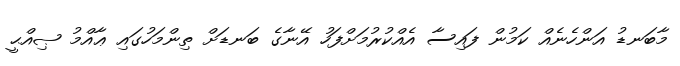
މާބަނޑު އަންހެނެއް ކަމުން ފައިސާ އެއްކުރުމަށްފަހު އޭނާގެ ބަނޑަށް ތިންމަހުގައި ޢާއްމު ޞިއްޙީ